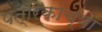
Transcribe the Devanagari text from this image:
पत्रिकांच्या